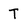
Character: t